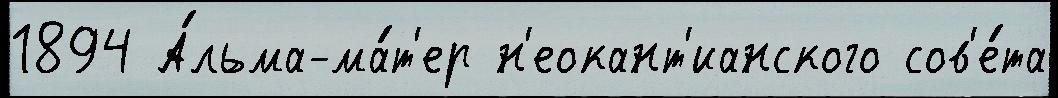
1894 А́льма-ма́т'ер н'еокант'ианского сов'е́та